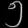
Digit: ၅